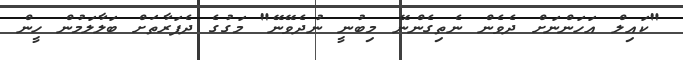
"ކައިލް އަހަންނަށް ދެވެން ނެތިގެންނޭ މިބުނީ ނުދެވޭނޭ" މަގުގެ ދެފަރާތަށް ބަލާލަމުން ހީން